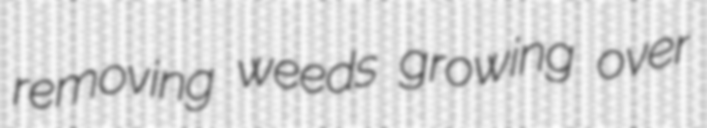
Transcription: removing weeds growing over